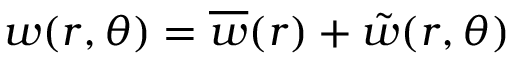
w ( r , \theta ) = \overline { { w } } ( r ) + \tilde { w } ( r , \theta )